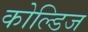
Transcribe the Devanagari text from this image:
कोल्डिज